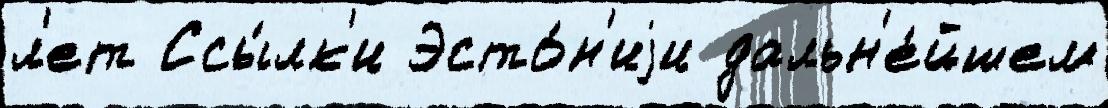
л'ет Ссы́лк'и Эсто́н'иjи дальн'е́йшем